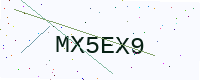
Text: MX5EX9